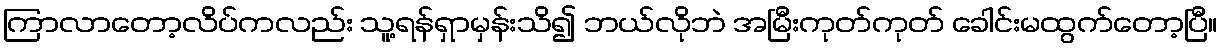
ကြာလာတော့လိပ်ကလည်း သူ့ရန်ရှာမှန်းသိ၍ ဘယ်လိုဘဲ အမြီးကုတ်ကုတ် ခေါင်းမထွက်တော့ပြီ။